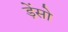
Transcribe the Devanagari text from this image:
ड़ेंसो